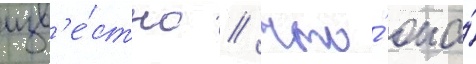
изв'е́стно / что́ она́